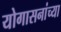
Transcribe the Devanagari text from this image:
योगासनांच्या